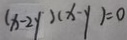
( x - 2 y ) ( x - y ) = 0